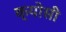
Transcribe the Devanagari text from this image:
क्योसी